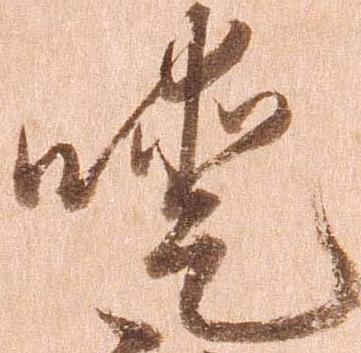
噯